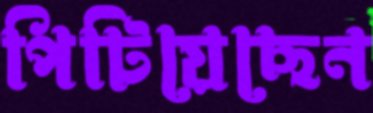
পিটিয়েছেন